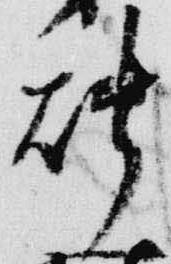
燭